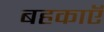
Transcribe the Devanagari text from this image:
बहकाएॅ